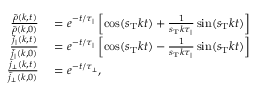
\begin{array} { r l } { \frac { \tilde { \rho } ( k , t ) } { \tilde { \rho } ( k , 0 ) } } & { { } = e ^ { - t / \tau _ { \parallel } } \left[ \cos ( s _ { \mathrm { T } } k t ) + \frac { 1 } { s _ { \mathrm { T } } k \tau _ { \parallel } } \sin ( s _ { \mathrm { T } } k t ) \right] } \\ { \frac { \tilde { j } _ { \parallel } ( k , t ) } { \tilde { j } _ { \parallel } ( k , 0 ) } } & { { } = e ^ { - t / \tau _ { \parallel } } \left[ \cos ( s _ { \mathrm { T } } k t ) - \frac { 1 } { s _ { \mathrm { T } } k \tau _ { \parallel } } \sin ( s _ { \mathrm { T } } k t ) \right] } \\ { \frac { \tilde { j } _ { \perp } ( k , t ) } { \tilde { j } _ { \perp } ( k , 0 ) } } & { { } = e ^ { - t / \tau _ { \perp } } , } \end{array}